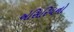
એસિરિયનો